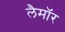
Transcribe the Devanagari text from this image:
लैमॉर